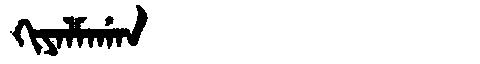
Manchu: ᡴᡳᠶᠠᠯᠮᠠᡤᠠᠨ
Romanization: KIYALMAGAN